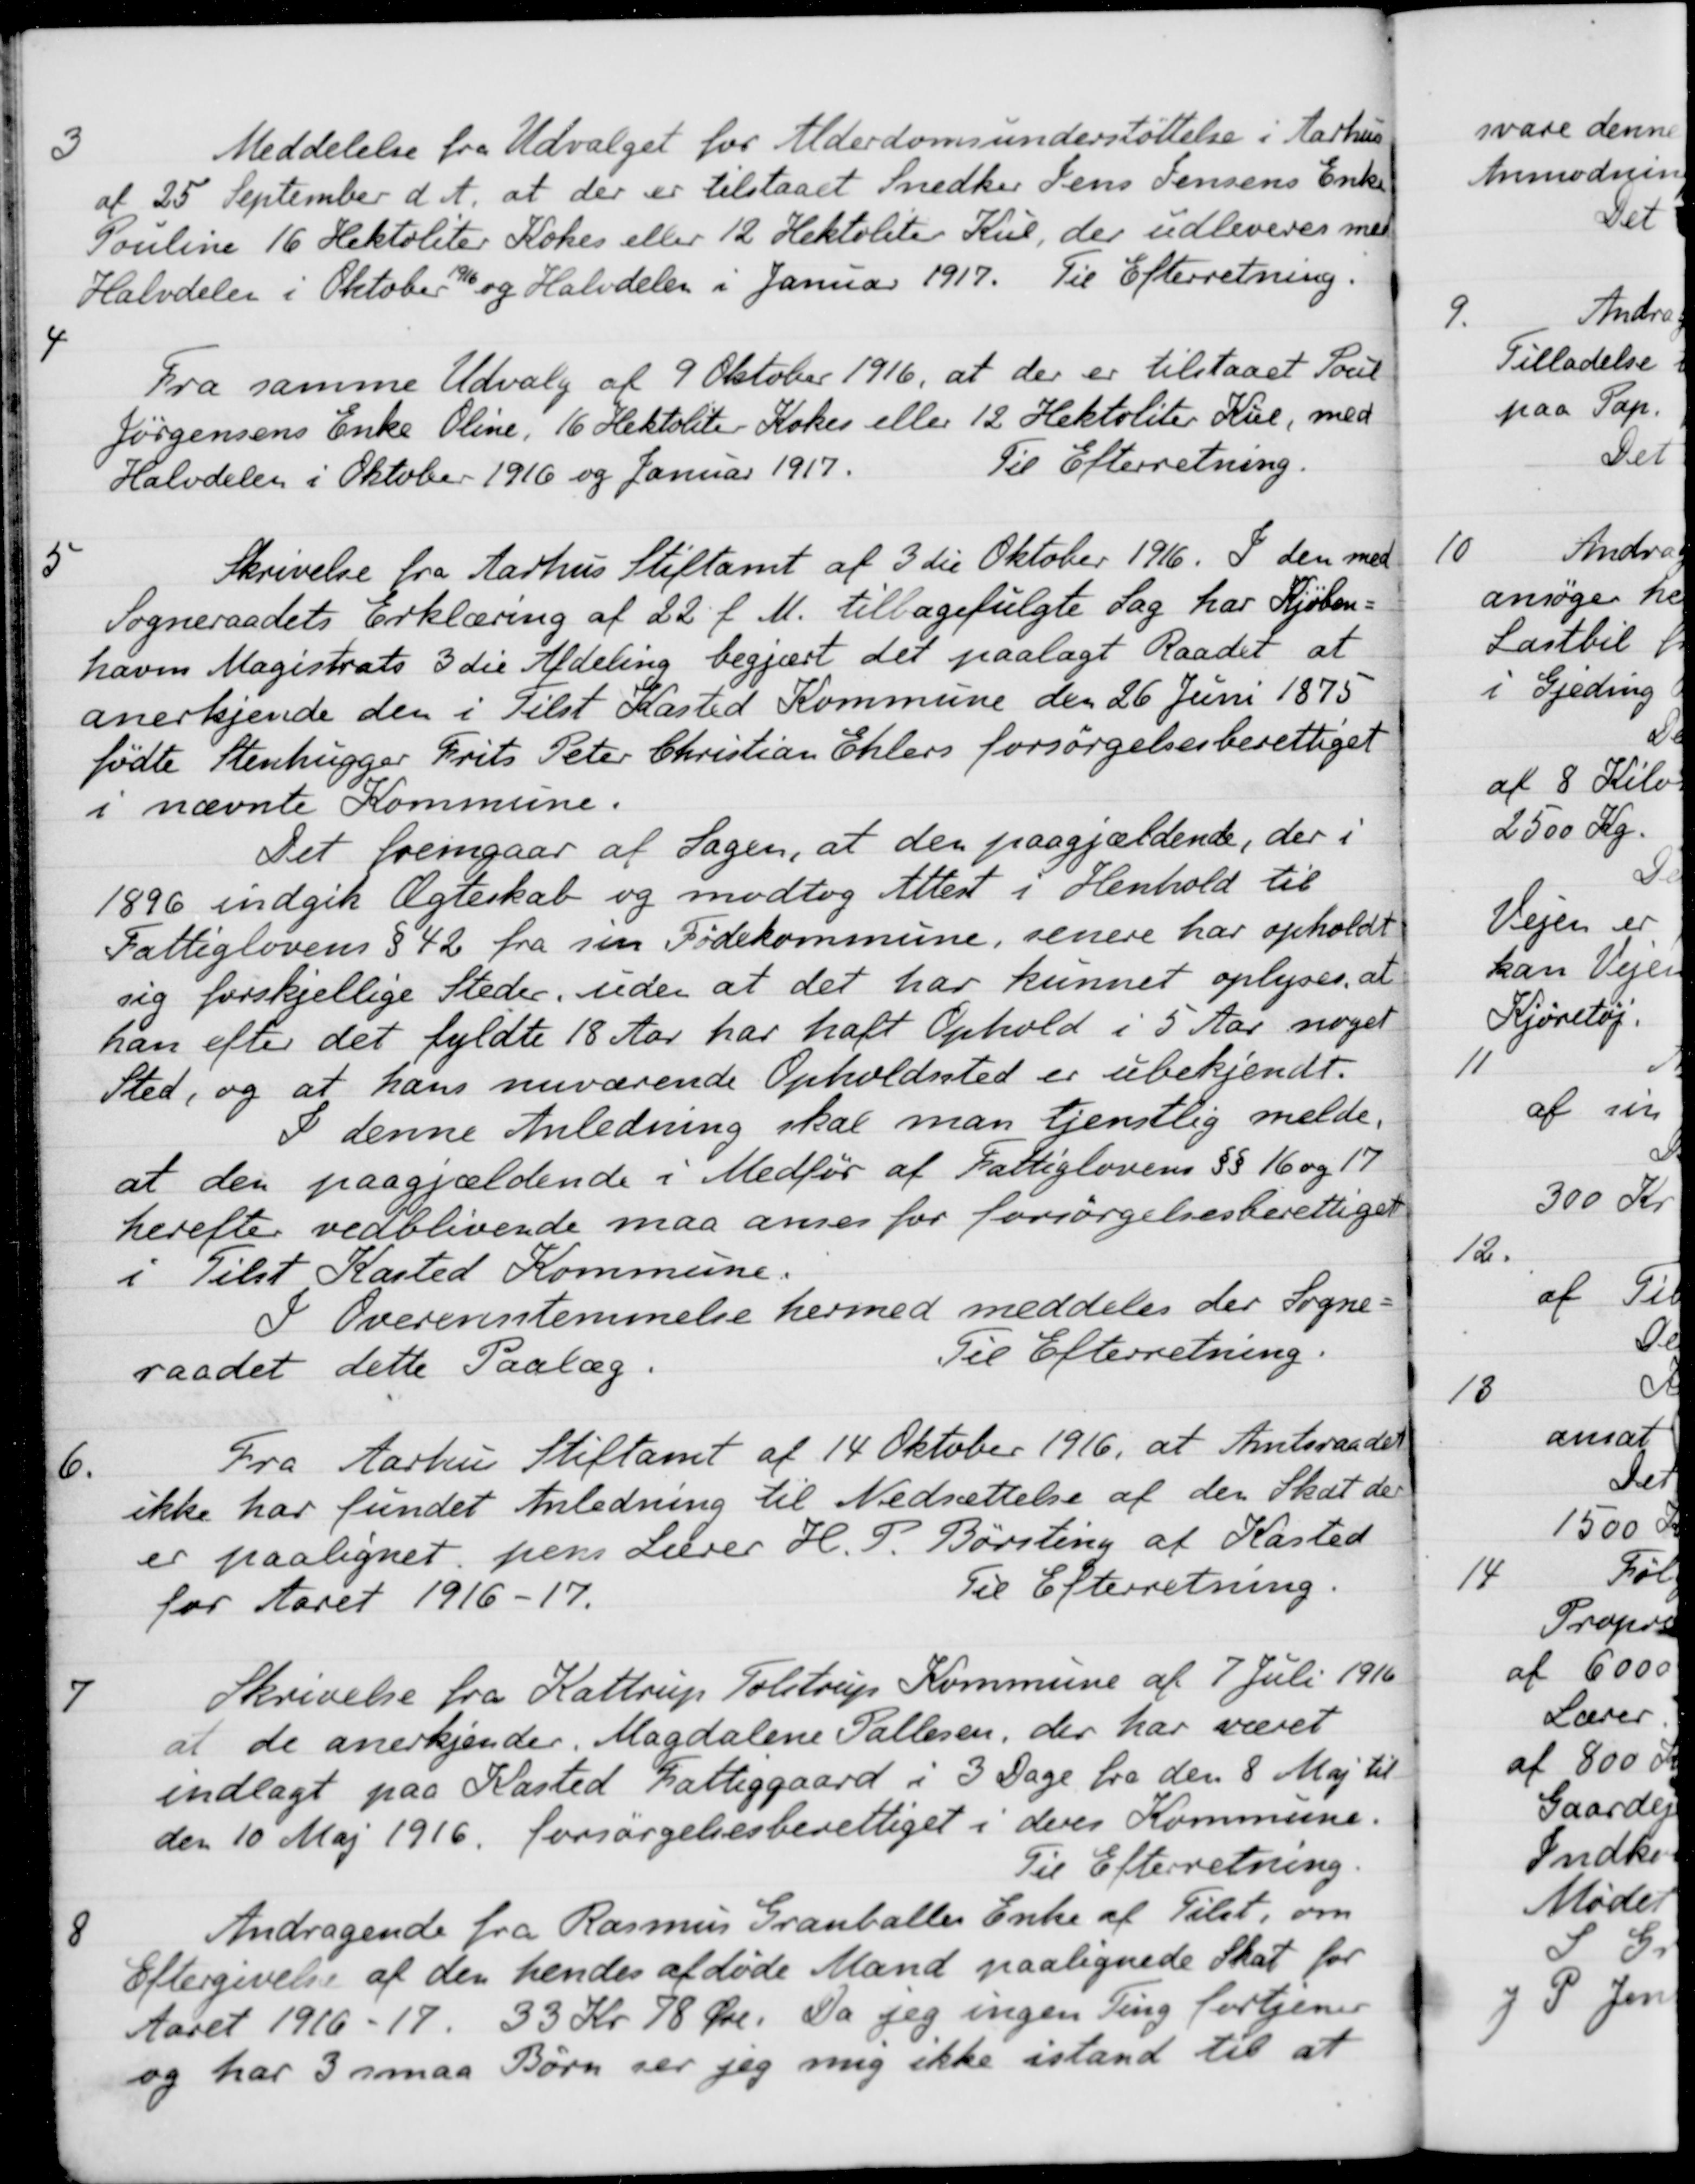
Transskription:
3
Meddelelse fra Udvalget for Alderdomsunderstøttelse i Aarhus
af 25 September d. A. at der er tilstaaet Snedker Jens Jensens Enke
Pouline 16. Hektoliter Kokes eller 12 Hektoliter Kul, der udleveres med
Halvdeler i Oktober 1916 og Halvdelen i Januar 1917. Til Efterretning.
4
Fra samme Udvalg af 9 Oktober 1916, at der er tilstaaet Poul
Jórgensens Enke Oline, 16 Hektoliter Kokes eller 12 Hektoliter Rue, med
Halvdelen i Oktober 1916 og Januar 1917.
Til Efterretning.
5
Skrivelse fra Aarhus Stiftamt af 3 die Oktober 1916. I den med
Sogneraadets Erklæring af 22 f. M. tilbagefulgte Sag har Kjöben-
havns Magistrats 3 die Afdeling begjært det paalagt Raadet at
anerkjende den i Tilst Kasted Kommune den 26 Juni 1875
fødte Stenhugger Frits Peter Christian Ehlers forsørgelsesberettiget
i nævnte Kommune.
Det fremgaar af Sagen, at den paagjældende, der i
1896 indgik Ægteskab og modtog Attest i Henhold til
Fattiglovens § 42 fra sin Fødekommune, senere har opholdt
sig forskjellige Steder, uden at det har kunnet oplyses, at
han efter det fyldte 18 Aar har haft Ophold i 5 Aar noget
Sted, og at hans nuværende Opholdssted er ubekjendt.
I denne Anledning skal man tjenstlig melde,
at den paagjældende i Medfør af Fattiglovens §§ 16 og 17
herefter vedblivende maa anses for forsørgelsesberettiget
i Tilst Kasted Kommune.
I Overensstemmelse hermed meddeles der Sogne-
raadet dette Paalæg.
Til Efterretning.
6.
Fra Aarhus Stiftamt af 14 Oktober 1916, at Amtsraadet
ikke har fundet Anledning til Nedsættelse af den Skat der
er paalignet pens Lærer H. P. Børsting af Kasted
for Aaret 1916-17.
Til Efterretning.

Skrivelse fra Kattrup Tolstrup Kommune af 7 Juli 1916
at de anerkjender Magdalene Pallesen, der har været
indlagt paa Kasted Fattiggaard i 3 Dage fra den 8 Maj til
den 10 Maj 1916 forsørgelsesberettiget i deres Kommune.
Til Efterretning.
8
Andragende fra Rasmus Grauballes Enke af Tilst, om
Eftergivelse af den hendes afdøde Mand paalignede Skat for
Aaret 1916-17. 33 Kr 78 Øre. Da jeg ingen Ting fortjener
og har 3 smaa Børn ser jeg mig ikke istand til at